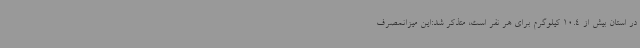
در استان بیش از 10.4 کیلوگرم برای هر نفر است، متذکر شد:این میزانمصرف